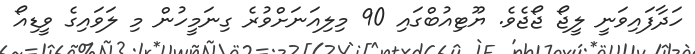
ހަދާފައިވަނީ ލީޖޯ ޖޯޖެވެ. ޔޫޓިއުބްގައި 90 މިލިއަނަށްވުރެ ގިނަމީހުން މި ލަވައިގެ ވީޑިއޯ